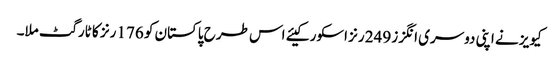
کیویز نے اپنی دوسری انگزز 249 رنز اسکور کیئے اس طرح پاکستان کو 176 رنز کا ٹارگٹ ملا۔